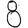
Digit: 8